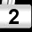
Digit: 2